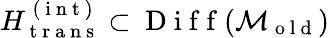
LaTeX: H_{\mathrm{~t~r~a~n~s~}}^{\mathrm{~(~i~n~t~)~}}\subset\mathrm{~D~i~f~f~}(\mathcal{M}_{\mathrm{~o~l~d~}})